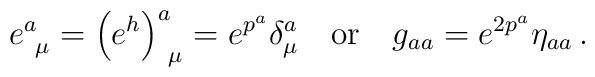
e^a_{~\mu}=\left(e^h\right)^a_{~\mu}=e^{p^a}\delta_\mu^a~~~ {\rm or}~~~  g_{aa}=e^{2p^a}\eta_{aa}\, .